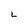
Character: L